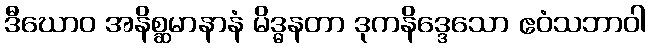
ဒီဃောဝ အနိစ္ဆမာနာနံ မိဒ္ဓနတာ ဒုကနိဒ္ဒေသော ဧဝံသဘာဝါ